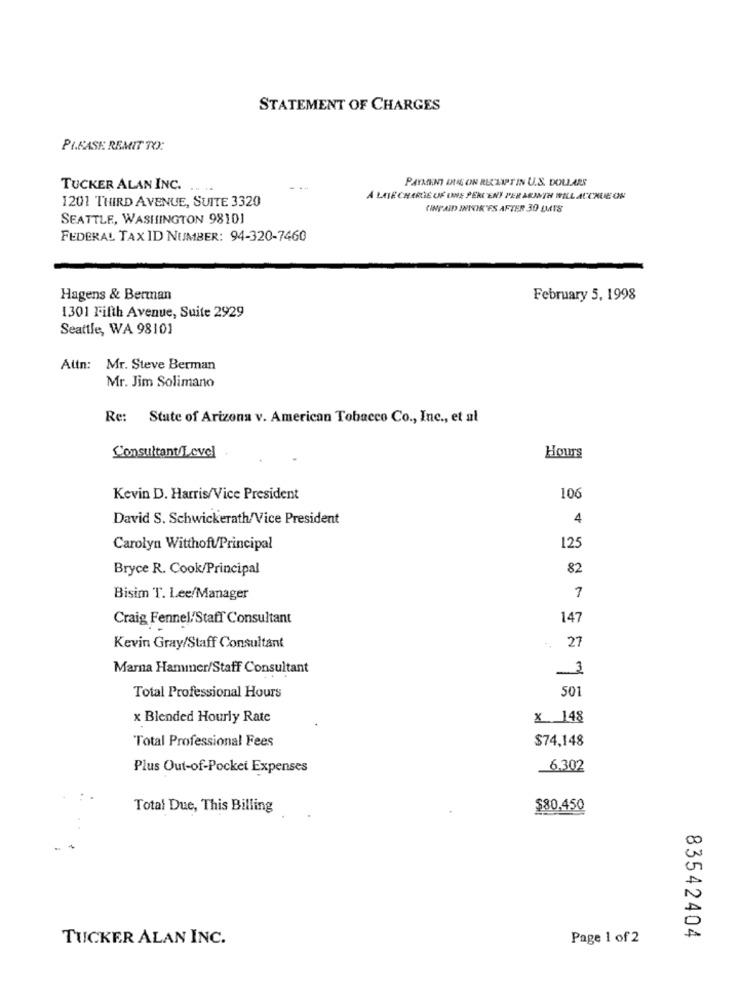
STATEMENT OF CHARGES
PLEASE REMIT TO:
PAYMENT DUS ON RECEIPTIN U.S. DOLLARS
TUCKER ALAN INC.
1201 THIRD AVENUE, SUITE 3320
À LAIE CHARLIE OF ONE PERCENY PER MONTH WILL ACCRUE ON
(INPAID INTOIK'ES AFTER 30 LMTS
SEATTLE, WASHINGTON 98101
FEDERAL TAXID NUMBER: 94-320-7460
Hagens & Berman
February 5, 1998
1301 Fifth Avenue, Suite 2929
Seattle, WA 98101
Attn: Mr. Steve Berman
Mr. Jim Solimano
Re: State of Arizona v. American Tobacco Co ., Inc ., et al
Consultant/Level
Hours
Kevin D. Harris/Vice President
100
David S. Schwickerath/Vice President
4
Carolyn Witthoft/Principal
125
Bryce R. Cook/Principal
82
Bisim T. Lee/Manager
7
Craig Fennel/Staff Consultant
147
27
Kevin Gray/Staff Consultant
Marna Hammer/Staff Consultant
1
501
Total Professional Hours
x Blended Hourly Rate
x 148
Total Professional Fees
$74,148
Plus Out-of-Pocket Expenses
6.302
Total Due, This Billing
$80.450
N
0
TUCKER ALAN INC.
Page 1 of 2
83542404